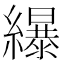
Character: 𦆿